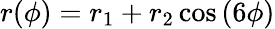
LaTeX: r(\phi)=r_{1}+r_{2}\cos{(6\phi)}